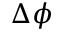
\Delta \phi